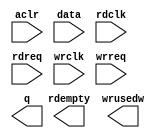
// megafunction wizard: %FIFO%VBB%
// GENERATION: STANDARD
// VERSION: WM1.0
// MODULE: dcfifo_mixed_widths 

// ============================================================
// Megafunction Name(s):
// 			dcfifo_mixed_widths
//
// Simulation Library Files(s):
// 			
// ============================================================
// ************************************************************
// THIS IS A WIZARD-GENERATED FILE. DO NOT EDIT THIS FILE!
//
// 17.1.0 Build 590 10/25/2017 SJ Standard Edition
// ************************************************************

//Copyright (C) 2017  Intel Corporation. All rights reserved.
//Your use of Intel Corporation's design tools, logic functions 
//and other software and tools, and its AMPP partner logic 
//functions, and any output files from any of the foregoing 
//(including device programming or simulation files), and any 
//associated documentation or information are expressly subject 
//to the terms and conditions of the Intel Program License 
//Subscription Agreement, the Intel Quartus Prime License Agreement,
//the Intel FPGA IP License Agreement, or other applicable license
//agreement, including, without limitation, that your use is for
//the sole purpose of programming logic devices manufactured by
//Intel and sold by Intel or its authorized distributors.  Please
//refer to the applicable agreement for further details.

module exp_1x1_kernal_fifo (
	aclr,
	data,
	rdclk,
	rdreq,
	wrclk,
	wrreq,
	q,
	rdempty,
	wrusedw);

	input	  aclr;
	input	[63:0]  data;
	input	  rdclk;
	input	  rdreq;
	input	  wrclk;
	input	  wrreq;
	output	[31:0]  q;
	output	  rdempty;
	output	[7:0]  wrusedw;
`ifndef ALTERA_RESERVED_QIS
// synopsys translate_off
`endif
	tri0	  aclr;
`ifndef ALTERA_RESERVED_QIS
// synopsys translate_on
`endif

endmodule

// ============================================================
// CNX file retrieval info
// ============================================================
// Retrieval info: PRIVATE: AlmostEmpty NUMERIC "0"
// Retrieval info: PRIVATE: AlmostEmptyThr NUMERIC "-1"
// Retrieval info: PRIVATE: AlmostFull NUMERIC "0"
// Retrieval info: PRIVATE: AlmostFullThr NUMERIC "-1"
// Retrieval info: PRIVATE: CLOCKS_ARE_SYNCHRONIZED NUMERIC "1"
// Retrieval info: PRIVATE: Clock NUMERIC "4"
// Retrieval info: PRIVATE: Depth NUMERIC "256"
// Retrieval info: PRIVATE: Empty NUMERIC "1"
// Retrieval info: PRIVATE: Full NUMERIC "0"
// Retrieval info: PRIVATE: INTENDED_DEVICE_FAMILY STRING "Cyclone V"
// Retrieval info: PRIVATE: LE_BasedFIFO NUMERIC "0"
// Retrieval info: PRIVATE: LegacyRREQ NUMERIC "1"
// Retrieval info: PRIVATE: MAX_DEPTH_BY_9 NUMERIC "0"
// Retrieval info: PRIVATE: OVERFLOW_CHECKING NUMERIC "1"
// Retrieval info: PRIVATE: Optimize NUMERIC "0"
// Retrieval info: PRIVATE: RAM_BLOCK_TYPE NUMERIC "0"
// Retrieval info: PRIVATE: SYNTH_WRAPPER_GEN_POSTFIX STRING "1"
// Retrieval info: PRIVATE: UNDERFLOW_CHECKING NUMERIC "1"
// Retrieval info: PRIVATE: UsedW NUMERIC "1"
// Retrieval info: PRIVATE: Width NUMERIC "64"
// Retrieval info: PRIVATE: dc_aclr NUMERIC "1"
// Retrieval info: PRIVATE: diff_widths NUMERIC "1"
// Retrieval info: PRIVATE: msb_usedw NUMERIC "0"
// Retrieval info: PRIVATE: output_width NUMERIC "32"
// Retrieval info: PRIVATE: rsEmpty NUMERIC "1"
// Retrieval info: PRIVATE: rsFull NUMERIC "0"
// Retrieval info: PRIVATE: rsUsedW NUMERIC "0"
// Retrieval info: PRIVATE: sc_aclr NUMERIC "1"
// Retrieval info: PRIVATE: sc_sclr NUMERIC "0"
// Retrieval info: PRIVATE: wsEmpty NUMERIC "0"
// Retrieval info: PRIVATE: wsFull NUMERIC "0"
// Retrieval info: PRIVATE: wsUsedW NUMERIC "1"
// Retrieval info: LIBRARY: altera_mf altera_mf.altera_mf_components.all
// Retrieval info: CONSTANT: INTENDED_DEVICE_FAMILY STRING "Cyclone V"
// Retrieval info: CONSTANT: LPM_NUMWORDS NUMERIC "256"
// Retrieval info: CONSTANT: LPM_SHOWAHEAD STRING "OFF"
// Retrieval info: CONSTANT: LPM_TYPE STRING "dcfifo_mixed_widths"
// Retrieval info: CONSTANT: LPM_WIDTH NUMERIC "64"
// Retrieval info: CONSTANT: LPM_WIDTHU NUMERIC "8"
// Retrieval info: CONSTANT: LPM_WIDTHU_R NUMERIC "9"
// Retrieval info: CONSTANT: LPM_WIDTH_R NUMERIC "32"
// Retrieval info: CONSTANT: OVERFLOW_CHECKING STRING "OFF"
// Retrieval info: CONSTANT: RDSYNC_DELAYPIPE NUMERIC "3"
// Retrieval info: CONSTANT: READ_ACLR_SYNCH STRING "ON"
// Retrieval info: CONSTANT: UNDERFLOW_CHECKING STRING "OFF"
// Retrieval info: CONSTANT: USE_EAB STRING "ON"
// Retrieval info: CONSTANT: WRITE_ACLR_SYNCH STRING "ON"
// Retrieval info: CONSTANT: WRSYNC_DELAYPIPE NUMERIC "3"
// Retrieval info: USED_PORT: aclr 0 0 0 0 INPUT GND "aclr"
// Retrieval info: USED_PORT: data 0 0 64 0 INPUT NODEFVAL "data[63..0]"
// Retrieval info: USED_PORT: q 0 0 32 0 OUTPUT NODEFVAL "q[31..0]"
// Retrieval info: USED_PORT: rdclk 0 0 0 0 INPUT NODEFVAL "rdclk"
// Retrieval info: USED_PORT: rdempty 0 0 0 0 OUTPUT NODEFVAL "rdempty"
// Retrieval info: USED_PORT: rdreq 0 0 0 0 INPUT NODEFVAL "rdreq"
// Retrieval info: USED_PORT: wrclk 0 0 0 0 INPUT NODEFVAL "wrclk"
// Retrieval info: USED_PORT: wrreq 0 0 0 0 INPUT NODEFVAL "wrreq"
// Retrieval info: USED_PORT: wrusedw 0 0 8 0 OUTPUT NODEFVAL "wrusedw[7..0]"
// Retrieval info: CONNECT: @aclr 0 0 0 0 aclr 0 0 0 0
// Retrieval info: CONNECT: @data 0 0 64 0 data 0 0 64 0
// Retrieval info: CONNECT: @rdclk 0 0 0 0 rdclk 0 0 0 0
// Retrieval info: CONNECT: @rdreq 0 0 0 0 rdreq 0 0 0 0
// Retrieval info: CONNECT: @wrclk 0 0 0 0 wrclk 0 0 0 0
// Retrieval info: CONNECT: @wrreq 0 0 0 0 wrreq 0 0 0 0
// Retrieval info: CONNECT: q 0 0 32 0 @q 0 0 32 0
// Retrieval info: CONNECT: rdempty 0 0 0 0 @rdempty 0 0 0 0
// Retrieval info: CONNECT: wrusedw 0 0 8 0 @wrusedw 0 0 8 0
// Retrieval info: GEN_FILE: TYPE_NORMAL exp_1x1_kernal_fifo.v TRUE
// Retrieval info: GEN_FILE: TYPE_NORMAL exp_1x1_kernal_fifo.inc FALSE
// Retrieval info: GEN_FILE: TYPE_NORMAL exp_1x1_kernal_fifo.cmp FALSE
// Retrieval info: GEN_FILE: TYPE_NORMAL exp_1x1_kernal_fifo.bsf FALSE
// Retrieval info: GEN_FILE: TYPE_NORMAL exp_1x1_kernal_fifo_inst.v FALSE
// Retrieval info: GEN_FILE: TYPE_NORMAL exp_1x1_kernal_fifo_bb.v TRUE
// Retrieval info: GEN_FILE: TYPE_NORMAL exp_1x1_kernal_fifo_syn.v TRUE